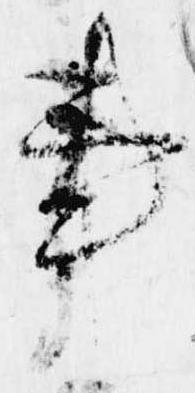
事